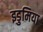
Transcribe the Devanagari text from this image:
इडुमिया